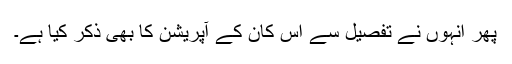
پھر انہوں نے تفصیل سے اس کان کے آپریشن کا بھی ذکر کیا ہے۔